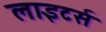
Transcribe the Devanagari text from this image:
लाइटर्स